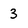
Character: 3